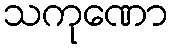
သကုဏော